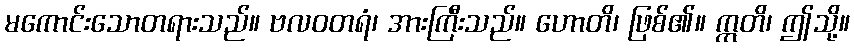
မကောင်းသောတရားသည်။ ဗလဝတရံ၊ အားကြီးသည်။ ဟောတိ၊ ဖြစ်၏။ ဣတိ၊ ဤသို့။